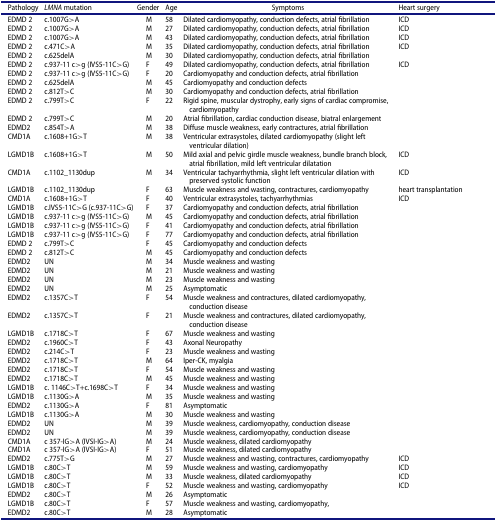
<table><thead><tr><td><b>Pathology</b></td><td><b><i>LMNA</i> mutation</b></td><td><b>Gender</b></td><td><b>Age</b></td><td><b>Symptoms</b></td><td><b>Heart surgery</b></td></tr></thead><tbody><tr><td>EDMD 2</td><td>c.1007G&gt;A</td><td>M</td><td>58</td><td>Dilated cardiomyopathy, conduction defects, atrial fibrillation</td><td>ICD</td></tr><tr><td>EDMD 2</td><td>c.1007G&gt;A</td><td>M</td><td>27</td><td>Dilated cardiomyopathy, conduction defects, atrial fibrillation</td><td>ICD</td></tr><tr><td>EDMD 2</td><td>c.1007G&gt;A</td><td>M</td><td>43</td><td>Dilated cardiomyopathy, conduction defects, atrial fibrillation</td><td>ICD</td></tr><tr><td>EDMD 2</td><td>c.471C&gt;A</td><td>M</td><td>35</td><td>Dilated cardiomyopathy, conduction defects, atrial fibrillation</td><td>ICD</td></tr><tr><td>EDMD 2</td><td>c.625delA</td><td>M</td><td>30</td><td>Dilated cardiomyopathy, conduction defects, atrial fibrillation</td><td> </td></tr><tr><td>EDMD 2</td><td>c.937-11 c&gt;g (IVS5-11C&gt;G)</td><td>F</td><td>49</td><td>Dilated cardiomyopathy, conduction defects, atrial fibrillation</td><td>ICD</td></tr><tr><td>EDMD 2</td><td>c.937-11 c&gt;g (IVS5-11C&gt;G)</td><td>F</td><td>20</td><td>Cardiomyopathy and conduction defects, atrial fibrillation</td><td> </td></tr><tr><td>EDMD 2</td><td>c.625delA</td><td>M</td><td>45</td><td>Cardiomyopathy and conduction defects</td><td> </td></tr><tr><td>EDMD 2</td><td>c.812T&gt;C</td><td>M</td><td>30</td><td>Cardiomyopathy and conduction defects, atrial fibrillation</td><td> </td></tr><tr><td>EDMD 2</td><td>c.799T&gt;C</td><td>F</td><td>22</td><td>Rigid spine, muscular dystrophy, early signs of cardiac compromise, cardiomyopathy</td><td> </td></tr><tr><td>EDMD 2</td><td>c.799T&gt;C</td><td>M</td><td>20</td><td>Atrial fibrillation, cardiac conduction disease, biatral enlargement</td><td> </td></tr><tr><td>EDMD2</td><td>c.854T&gt;A</td><td>M</td><td>38</td><td>Diffuse muscle weakness, early contractures, atrial fibrillation</td><td> </td></tr><tr><td>CMD1A</td><td>c.1608+1G&gt;T</td><td>M</td><td>38</td><td>Ventricular extrasystoles, dilated cardiomyopathy (slight left ventricular dilation)</td><td> </td></tr><tr><td>LGMD1B</td><td>c.1608+1G&gt;T</td><td>M</td><td>50</td><td>Mild axial and pelvic girdle muscle weakness, bundle branch block, atrial fibrillation, mild left ventricular dilatation</td><td>ICD</td></tr><tr><td>CMD1A</td><td>c.1102_1130dup</td><td>M</td><td>34</td><td>Ventricular tachyarrhythmia, slight left ventricular dilation with preserved systolic function</td><td>ICD</td></tr><tr><td>LGMD1B</td><td>c.1102_1130dup</td><td>F</td><td>63</td><td>Muscle weakness and wasting, contractures, cardiomyopathy</td><td>heart transplantation</td></tr><tr><td>CMD1A</td><td>c.1608+1G&gt;T</td><td>F</td><td>40</td><td>Ventricular extrasystoles, tachyarrhythmias</td><td>ICD</td></tr><tr><td>LGMD1B</td><td>c.IVS5-11C&gt;G (c.937-11C&gt;G)</td><td>F</td><td>37</td><td>Cardiomyopathy and conduction defects, atrial fibrillation</td><td> </td></tr><tr><td>LGMD1B</td><td>c.937-11 c&gt;g (IVS5-11C&gt;G)</td><td>M</td><td>45</td><td>Cardiomyopathy and conduction defects, atrial fibrillation</td><td> </td></tr><tr><td>LGMD1B</td><td>c.937-11 c&gt;g (IVS5-11C&gt;G)</td><td>F</td><td>41</td><td>Cardiomyopathy and conduction defects, atrial fibrillation</td><td> </td></tr><tr><td>LGMD1B</td><td>c.937-11 c&gt;g (IVS5-11C&gt;G)</td><td>F</td><td>77</td><td>Cardiomyopathy and conduction defects, atrial fibrillation</td><td> </td></tr><tr><td>EDMD 2</td><td>c.799T&gt;C</td><td>F</td><td>45</td><td>Cardiomyopathy and conduction defects</td><td> </td></tr><tr><td>EDMD 2</td><td>c.812T&gt;C</td><td>M</td><td>45</td><td>Cardiomyopathy and conduction defects</td><td> </td></tr><tr><td>EDMD2</td><td>UN</td><td>M</td><td>34</td><td>Muscle weakness and wasting</td><td> </td></tr><tr><td>EDMD2</td><td>UN</td><td>M</td><td>21</td><td>Muscle weakness and wasting</td><td> </td></tr><tr><td>EDMD2</td><td>UN</td><td>M</td><td>23</td><td>Muscle weakness and wasting</td><td> </td></tr><tr><td>EDMD2</td><td>UN</td><td>M</td><td>25</td><td>Asymptomatic</td><td> </td></tr><tr><td>EDMD2</td><td>c.1357C&gt;T</td><td>F</td><td>54</td><td>Muscle weakness and contractures, dilated cardiomyopathy, conduction disease</td><td> </td></tr><tr><td>EDMD2</td><td>c.1357C&gt;T</td><td>F</td><td>21</td><td>Muscle weakness and contractures, dilated cardiomyopathy, conduction disease</td><td> </td></tr><tr><td>LGMD1B</td><td>c.1718C&gt;T</td><td>F</td><td>67</td><td>Muscle weakness and wasting</td><td> </td></tr><tr><td>EDMD2</td><td>c.1960C&gt;T</td><td>F</td><td>43</td><td>Axonal Neuropathy</td><td> </td></tr><tr><td>EDMD2</td><td>c.214C&gt;T</td><td>F</td><td>23</td><td>Muscle weakness and wasting</td><td> </td></tr><tr><td>EDMD2</td><td>c.1718C&gt;T</td><td>M</td><td>64</td><td>Iper-CK, myalgia</td><td> </td></tr><tr><td>EDMD2</td><td>c.1718C&gt;T</td><td>F</td><td>54</td><td>Muscle weakness and wasting</td><td> </td></tr><tr><td>EDMD2</td><td>c.1718C&gt;T</td><td>M</td><td>45</td><td>Muscle weakness and wasting</td><td> </td></tr><tr><td>LGMD1B</td><td>c. 1146C&gt;T+c.1698C&gt;T</td><td>F</td><td>34</td><td>Muscle weakness and wasting</td><td> </td></tr><tr><td>LGMD1B</td><td>c.1130G&gt;A</td><td>M</td><td>35</td><td>Muscle weakness and wasting</td><td> </td></tr><tr><td>EDMD2</td><td>c.1130G&gt;A</td><td>F</td><td>81</td><td>Asymptomatic</td><td> </td></tr><tr><td>LGMD1B</td><td>c.1130G&gt;A</td><td>M</td><td>30</td><td>Muscle weakness and wasting</td><td> </td></tr><tr><td>EDMD2</td><td>UN</td><td>M</td><td>39</td><td>Muscle weakness, cardiomyopathy, conduction disease</td><td> </td></tr><tr><td>EDMD2</td><td>UN</td><td>M</td><td>39</td><td>Muscle weakness, cardiomyopathy, conduction disease</td><td> </td></tr><tr><td>CMD1A</td><td>c 357-IG&gt;A (IVSI-IG&gt;A)</td><td>M</td><td>24</td><td>Muscle weakness, dilated cardiomyopathy</td><td> </td></tr><tr><td>CMD1A</td><td>c 357-IG&gt;A (IVSI-IG&gt;A)</td><td>F</td><td>51</td><td>Muscle weakness, dilated cardiomyopathy</td><td> </td></tr><tr><td>EDMD2</td><td>c.775T&gt;G</td><td>M</td><td>27</td><td>Muscle weakness and wasting, contractures, cardiomyopathy</td><td>ICD</td></tr><tr><td>LGMD1B</td><td>c.80C&gt;T</td><td>M</td><td>59</td><td>Muscle weakness and wasting, cardiomyopathy</td><td>ICD</td></tr><tr><td>LGMD1B</td><td>c.80C&gt;T</td><td>M</td><td>33</td><td>Muscle weakness, dilated cardiomyopathy</td><td>ICD</td></tr><tr><td>LGMD1B</td><td>c.80C&gt;T</td><td>F</td><td>52</td><td>Muscle weakness and wasting, cardiomyopathy</td><td>ICD</td></tr><tr><td>EDMD2</td><td>c.80C&gt;T</td><td>M</td><td>26</td><td>Asymptomatic</td><td> </td></tr><tr><td>LGMD1B</td><td>c.80C&gt;T</td><td>F</td><td>57</td><td>Muscle weakness and wasting, cardiomyopathy,</td><td> </td></tr><tr><td>EDMD2</td><td>c.80C&gt;T</td><td>M</td><td>28</td><td>Asymptomatic</td><td> </td></tr></tbody></table>